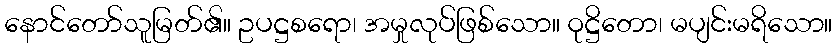
နောင်တော်သူမြတ်၏။ ဥပဋ္ဌစရော၊ အမှုလုပ်ဖြစ်သော။ ဝုဋ္ဌိတော၊ မပျင်းမရိသော။